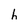
Character: h